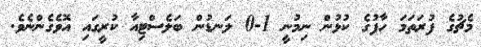
މެޗުގެ ފުރަތަމަ ހާފުގެ ކުޅުން ނިމުނީ 1-0 ލަނޑުން ބަލެސްޓިއާ ކުރީގައި އޮވެގެންނެވެ.